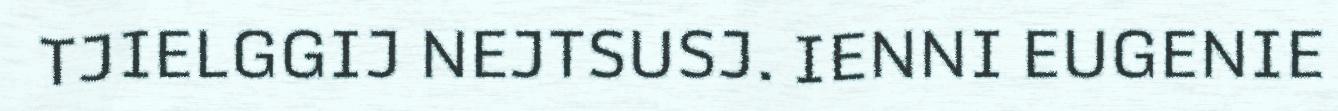
TJIELGGIJ NEJTSUSJ. IENNI EUGENIE